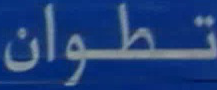
تطوان